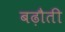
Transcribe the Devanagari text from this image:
बढ़ौती